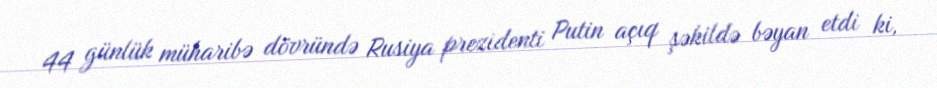
44 günlük müharibə dövründə Rusiya prezidenti Putin açıq şəkildə bəyan etdi ki,